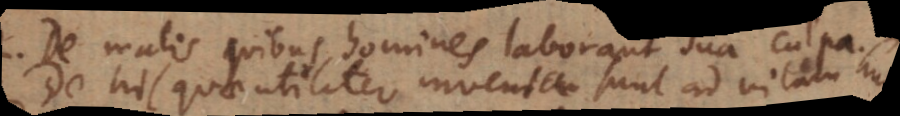
De malis quibus homines laborant sua c